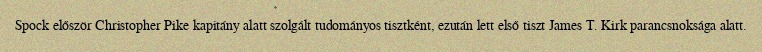
Spock először Christopher Pike kapitány alatt szolgált tudományos tisztként, ezután lett első tiszt James T. Kirk parancsnoksága alatt.